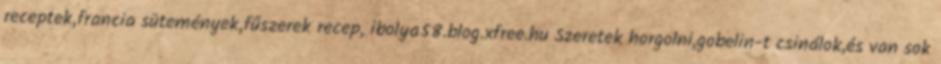
receptek,francia sütemények,fűszerek recep, ibolya58.blog.xfree.hu Szeretek horgolni,gobelin-t csinálok,és van sok